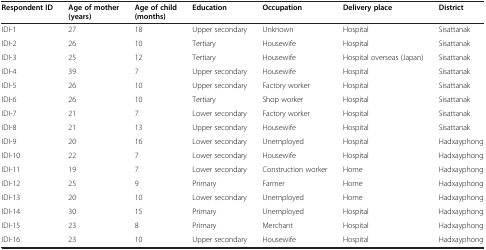
| Respondent ID | Age of mother (years) | Age of child (months) | Education | Occupation | Delivery place | District |
 | --- | --- | --- | --- | --- | --- | --- |
 | IDI-1 | 27 | 18 | Upper secondary | Unknown | Hospital | Sisattanak |
 | IDI-2 | 26 | 10 | Tertiary | Housewife | Hospital | Sisattanak |
 | IDI-3 | 25 | 12 | Tertiary | Housewife | Hospital overseas (Japan) | Sisattanak |
 | IDI-4 | 39 | 7 | Upper secondary | Housewife | Hospital | Sisattanak |
 | IDI-5 | 26 | 10 | Upper secondary | Factory worker | Hospital | Sisattanak |
 | IDI-6 | 26 | 10 | Tertiary | Shop worker | Hospital | Sisattanak |
 | IDI-7 | 21 | 7 | Lower secondary | Factory worker | Hospital | Sisattanak |
 | IDI-8 | 21 | 13 | Upper secondary | Housewife | Hospital | Sisattanak |
 | IDI-9 | 20 | 16 | Lower secondary | Unemployed | Hospital | Hadxayphong |
 | IDI-10 | 22 | 7 | Lower secondary | Housewife | Hospital | Hadxayphong |
 | IDI-11 | 19 | 7 | Lower secondary | Construction worker | Home | Hadxayphong |
 | IDI-12 | 25 | 9 | Primary | Farmer | Home | Hadxayphong |
 | IDI-13 | 20 | 10 | Lower secondary | Unemployed | Home | Hadxayphong |
 | IDI-14 | 30 | 15 | Primary | Unemployed | Hospital | Hadxayphong |
 | IDI-15 | 23 | 8 | Primary | Merchant | Hospital | Hadxayphong |
 | IDI-16 | 23 | 10 | Upper secondary | Housewife | Hospital | Hadxayphong |